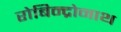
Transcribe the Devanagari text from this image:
रोबिन्द्रोनाथ